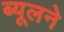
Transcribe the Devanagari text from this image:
ब्यूलने